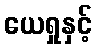
ယေရှုနှင့်